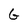
Character: G